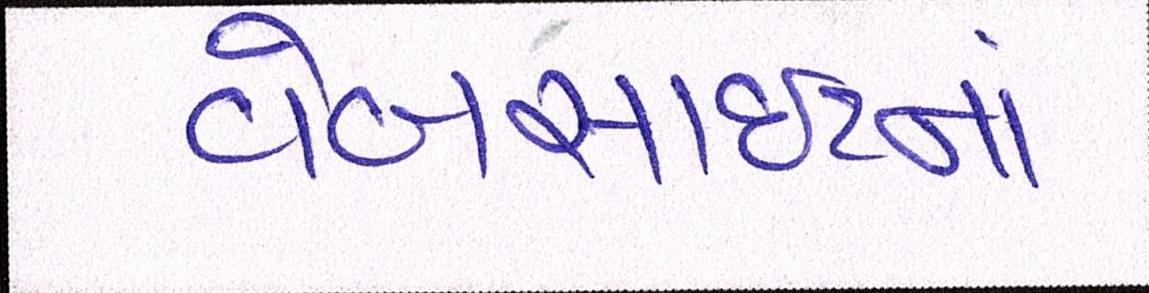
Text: વેબસાઈટનાં